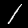
Digit: 1